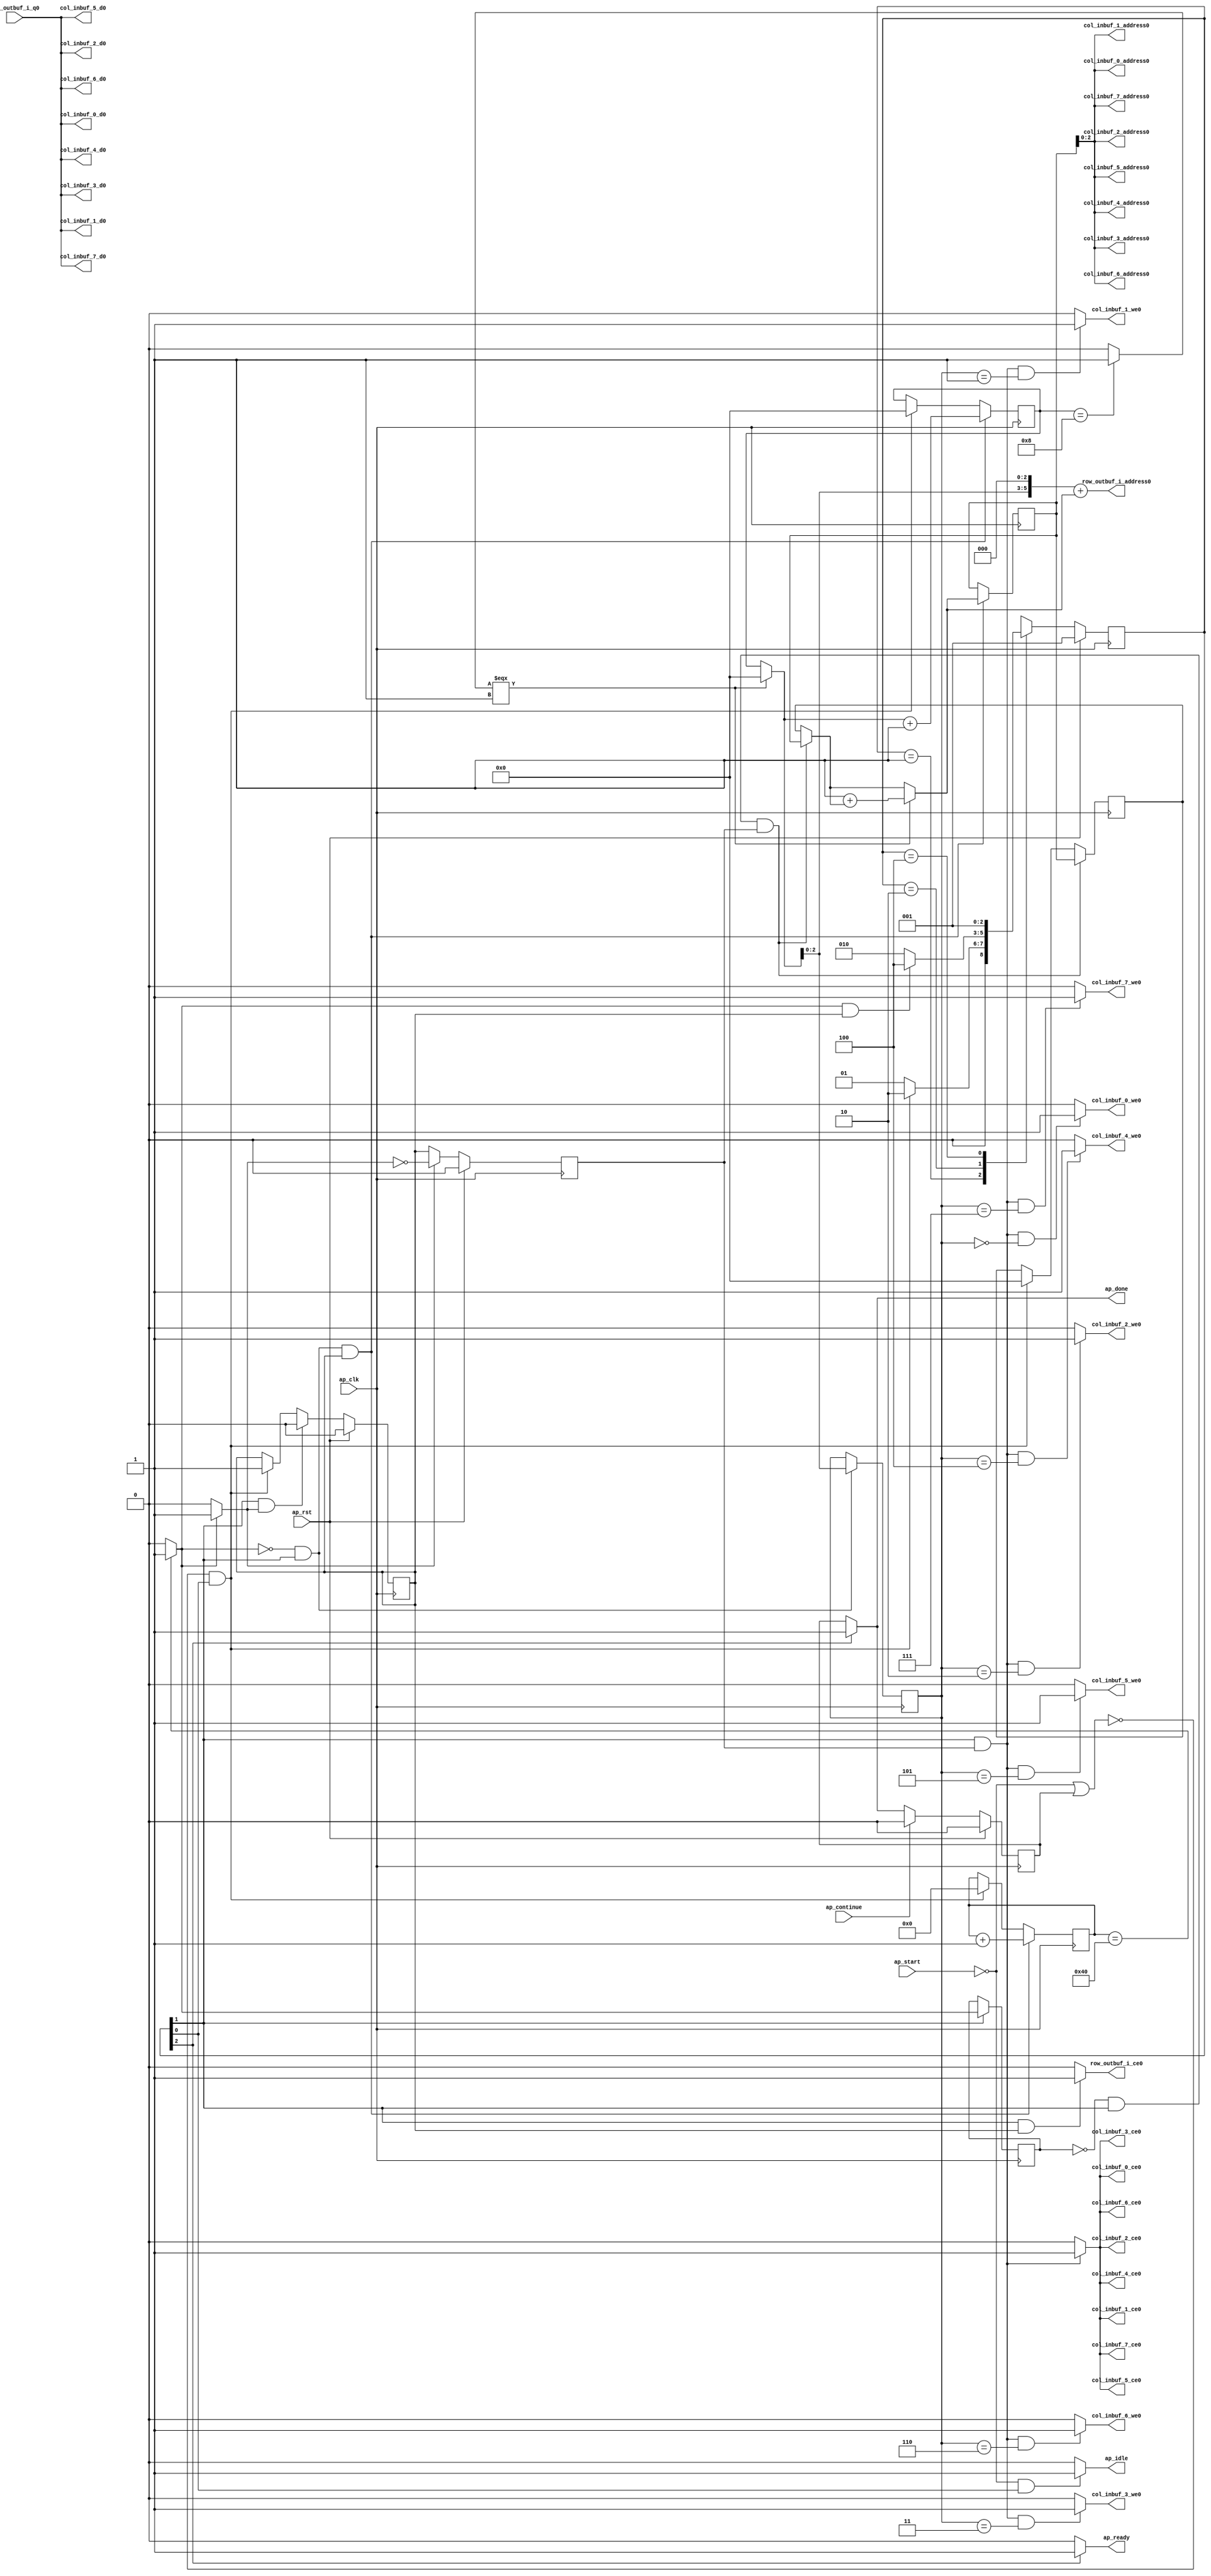
// ==============================================================
// RTL generated by Vivado(TM) HLS - High-Level Synthesis from C, C++ and SystemC
// Version: 2017.4
// Copyright (C) 1986-2017 Xilinx, Inc. All Rights Reserved.
// 
// ===========================================================

`timescale 1 ns / 1 ps 

module Loop_Xpose_Row_Outer (
        ap_clk,
        ap_rst,
        ap_start,
        ap_done,
        ap_continue,
        ap_idle,
        ap_ready,
        row_outbuf_i_address0,
        row_outbuf_i_ce0,
        row_outbuf_i_q0,
        col_inbuf_0_address0,
        col_inbuf_0_ce0,
        col_inbuf_0_we0,
        col_inbuf_0_d0,
        col_inbuf_1_address0,
        col_inbuf_1_ce0,
        col_inbuf_1_we0,
        col_inbuf_1_d0,
        col_inbuf_2_address0,
        col_inbuf_2_ce0,
        col_inbuf_2_we0,
        col_inbuf_2_d0,
        col_inbuf_3_address0,
        col_inbuf_3_ce0,
        col_inbuf_3_we0,
        col_inbuf_3_d0,
        col_inbuf_4_address0,
        col_inbuf_4_ce0,
        col_inbuf_4_we0,
        col_inbuf_4_d0,
        col_inbuf_5_address0,
        col_inbuf_5_ce0,
        col_inbuf_5_we0,
        col_inbuf_5_d0,
        col_inbuf_6_address0,
        col_inbuf_6_ce0,
        col_inbuf_6_we0,
        col_inbuf_6_d0,
        col_inbuf_7_address0,
        col_inbuf_7_ce0,
        col_inbuf_7_we0,
        col_inbuf_7_d0
);

parameter    ap_ST_fsm_state1 = 3'd1;
parameter    ap_ST_fsm_pp0_stage0 = 3'd2;
parameter    ap_ST_fsm_state4 = 3'd4;

input   ap_clk;
input   ap_rst;
input   ap_start;
output   ap_done;
input   ap_continue;
output   ap_idle;
output   ap_ready;
output  [5:0] row_outbuf_i_address0;
output   row_outbuf_i_ce0;
input  [15:0] row_outbuf_i_q0;
output  [2:0] col_inbuf_0_address0;
output   col_inbuf_0_ce0;
output   col_inbuf_0_we0;
output  [15:0] col_inbuf_0_d0;
output  [2:0] col_inbuf_1_address0;
output   col_inbuf_1_ce0;
output   col_inbuf_1_we0;
output  [15:0] col_inbuf_1_d0;
output  [2:0] col_inbuf_2_address0;
output   col_inbuf_2_ce0;
output   col_inbuf_2_we0;
output  [15:0] col_inbuf_2_d0;
output  [2:0] col_inbuf_3_address0;
output   col_inbuf_3_ce0;
output   col_inbuf_3_we0;
output  [15:0] col_inbuf_3_d0;
output  [2:0] col_inbuf_4_address0;
output   col_inbuf_4_ce0;
output   col_inbuf_4_we0;
output  [15:0] col_inbuf_4_d0;
output  [2:0] col_inbuf_5_address0;
output   col_inbuf_5_ce0;
output   col_inbuf_5_we0;
output  [15:0] col_inbuf_5_d0;
output  [2:0] col_inbuf_6_address0;
output   col_inbuf_6_ce0;
output   col_inbuf_6_we0;
output  [15:0] col_inbuf_6_d0;
output  [2:0] col_inbuf_7_address0;
output   col_inbuf_7_ce0;
output   col_inbuf_7_we0;
output  [15:0] col_inbuf_7_d0;

reg ap_done;
reg ap_idle;
reg ap_ready;
reg row_outbuf_i_ce0;
reg col_inbuf_0_ce0;
reg col_inbuf_0_we0;
reg col_inbuf_1_ce0;
reg col_inbuf_1_we0;
reg col_inbuf_2_ce0;
reg col_inbuf_2_we0;
reg col_inbuf_3_ce0;
reg col_inbuf_3_we0;
reg col_inbuf_4_ce0;
reg col_inbuf_4_we0;
reg col_inbuf_5_ce0;
reg col_inbuf_5_we0;
reg col_inbuf_6_ce0;
reg col_inbuf_6_we0;
reg col_inbuf_7_ce0;
reg col_inbuf_7_we0;

reg    ap_done_reg;
(* fsm_encoding = "none" *) reg   [2:0] ap_CS_fsm;
wire    ap_CS_fsm_state1;
reg   [6:0] indvar_flatten_reg_188;
reg   [3:0] j_0_i_reg_199;
reg   [3:0] i_1_i_reg_210;
wire   [0:0] exitcond_flatten_fu_221_p2;
reg   [0:0] exitcond_flatten_reg_309;
wire    ap_CS_fsm_pp0_stage0;
wire    ap_block_state2_pp0_stage0_iter0;
wire    ap_block_state3_pp0_stage0_iter1;
wire    ap_block_pp0_stage0_11001;
wire   [6:0] indvar_flatten_next_fu_227_p2;
reg    ap_enable_reg_pp0_iter0;
wire   [3:0] tmp_3_mid2_v_fu_253_p3;
reg   [3:0] tmp_3_mid2_v_reg_318;
wire   [2:0] tmp_3_fu_288_p1;
reg   [2:0] tmp_3_reg_329;
wire   [3:0] i_fu_292_p2;
reg    ap_block_state1;
wire    ap_block_pp0_stage0_subdone;
reg    ap_condition_pp0_exit_iter0_state2;
reg    ap_enable_reg_pp0_iter1;
reg   [3:0] ap_phi_mux_j_0_i_phi_fu_203_p4;
wire    ap_block_pp0_stage0;
wire   [63:0] tmp_9_cast_fu_283_p1;
wire   [63:0] tmp_3_mid2_fu_298_p1;
wire   [0:0] tmp_s_fu_239_p2;
wire   [3:0] j_fu_233_p2;
wire   [3:0] i_1_i_mid2_fu_245_p3;
wire   [6:0] tmp_fu_265_p3;
wire   [7:0] tmp_8_cast_fu_273_p1;
wire   [7:0] tmp_3_mid2_cast_fu_261_p1;
wire   [7:0] tmp_9_fu_277_p2;
wire    ap_CS_fsm_state4;
reg   [2:0] ap_NS_fsm;
reg    ap_idle_pp0;
wire    ap_enable_pp0;

// power-on initialization
initial begin
#0 ap_done_reg = 1'b0;
#0 ap_CS_fsm = 3'd1;
#0 ap_enable_reg_pp0_iter0 = 1'b0;
#0 ap_enable_reg_pp0_iter1 = 1'b0;
end

always @ (posedge ap_clk) begin
    if (ap_rst == 1'b1) begin
        ap_CS_fsm <= ap_ST_fsm_state1;
    end else begin
        ap_CS_fsm <= ap_NS_fsm;
    end
end

always @ (posedge ap_clk) begin
    if (ap_rst == 1'b1) begin
        ap_done_reg <= 1'b0;
    end else begin
        if ((ap_continue == 1'b1)) begin
            ap_done_reg <= 1'b0;
        end else if ((1'b1 == ap_CS_fsm_state4)) begin
            ap_done_reg <= 1'b1;
        end
    end
end

always @ (posedge ap_clk) begin
    if (ap_rst == 1'b1) begin
        ap_enable_reg_pp0_iter0 <= 1'b0;
    end else begin
        if (((1'b1 == ap_CS_fsm_pp0_stage0) & (1'b1 == ap_condition_pp0_exit_iter0_state2) & (1'b0 == ap_block_pp0_stage0_subdone))) begin
            ap_enable_reg_pp0_iter0 <= 1'b0;
        end else if ((~((ap_start == 1'b0) | (ap_done_reg == 1'b1)) & (1'b1 == ap_CS_fsm_state1))) begin
            ap_enable_reg_pp0_iter0 <= 1'b1;
        end
    end
end

always @ (posedge ap_clk) begin
    if (ap_rst == 1'b1) begin
        ap_enable_reg_pp0_iter1 <= 1'b0;
    end else begin
        if (((1'b1 == ap_condition_pp0_exit_iter0_state2) & (1'b0 == ap_block_pp0_stage0_subdone))) begin
            ap_enable_reg_pp0_iter1 <= (1'b1 ^ ap_condition_pp0_exit_iter0_state2);
        end else if ((1'b0 == ap_block_pp0_stage0_subdone)) begin
            ap_enable_reg_pp0_iter1 <= ap_enable_reg_pp0_iter0;
        end else if ((~((ap_start == 1'b0) | (ap_done_reg == 1'b1)) & (1'b1 == ap_CS_fsm_state1))) begin
            ap_enable_reg_pp0_iter1 <= 1'b0;
        end
    end
end

always @ (posedge ap_clk) begin
    if (((exitcond_flatten_fu_221_p2 == 1'd0) & (1'b1 == ap_CS_fsm_pp0_stage0) & (ap_enable_reg_pp0_iter0 == 1'b1) & (1'b0 == ap_block_pp0_stage0_11001))) begin
        i_1_i_reg_210 <= i_fu_292_p2;
    end else if ((~((ap_start == 1'b0) | (ap_done_reg == 1'b1)) & (1'b1 == ap_CS_fsm_state1))) begin
        i_1_i_reg_210 <= 4'd0;
    end
end

always @ (posedge ap_clk) begin
    if (((exitcond_flatten_fu_221_p2 == 1'd0) & (1'b1 == ap_CS_fsm_pp0_stage0) & (ap_enable_reg_pp0_iter0 == 1'b1) & (1'b0 == ap_block_pp0_stage0_11001))) begin
        indvar_flatten_reg_188 <= indvar_flatten_next_fu_227_p2;
    end else if ((~((ap_start == 1'b0) | (ap_done_reg == 1'b1)) & (1'b1 == ap_CS_fsm_state1))) begin
        indvar_flatten_reg_188 <= 7'd0;
    end
end

always @ (posedge ap_clk) begin
    if (((exitcond_flatten_reg_309 == 1'd0) & (1'b1 == ap_CS_fsm_pp0_stage0) & (ap_enable_reg_pp0_iter1 == 1'b1) & (1'b0 == ap_block_pp0_stage0_11001))) begin
        j_0_i_reg_199 <= tmp_3_mid2_v_reg_318;
    end else if ((~((ap_start == 1'b0) | (ap_done_reg == 1'b1)) & (1'b1 == ap_CS_fsm_state1))) begin
        j_0_i_reg_199 <= 4'd0;
    end
end

always @ (posedge ap_clk) begin
    if (((1'b1 == ap_CS_fsm_pp0_stage0) & (1'b0 == ap_block_pp0_stage0_11001))) begin
        exitcond_flatten_reg_309 <= exitcond_flatten_fu_221_p2;
    end
end

always @ (posedge ap_clk) begin
    if (((exitcond_flatten_fu_221_p2 == 1'd0) & (1'b1 == ap_CS_fsm_pp0_stage0) & (ap_enable_reg_pp0_iter0 == 1'b1) & (1'b0 == ap_block_pp0_stage0_11001))) begin
        tmp_3_mid2_v_reg_318 <= tmp_3_mid2_v_fu_253_p3;
    end
end

always @ (posedge ap_clk) begin
    if (((exitcond_flatten_fu_221_p2 == 1'd0) & (1'b1 == ap_CS_fsm_pp0_stage0) & (1'b0 == ap_block_pp0_stage0_11001))) begin
        tmp_3_reg_329 <= tmp_3_fu_288_p1;
    end
end

always @ (*) begin
    if ((exitcond_flatten_fu_221_p2 == 1'd1)) begin
        ap_condition_pp0_exit_iter0_state2 = 1'b1;
    end else begin
        ap_condition_pp0_exit_iter0_state2 = 1'b0;
    end
end

always @ (*) begin
    if ((1'b1 == ap_CS_fsm_state4)) begin
        ap_done = 1'b1;
    end else begin
        ap_done = ap_done_reg;
    end
end

always @ (*) begin
    if (((ap_start == 1'b0) & (1'b1 == ap_CS_fsm_state1))) begin
        ap_idle = 1'b1;
    end else begin
        ap_idle = 1'b0;
    end
end

always @ (*) begin
    if (((ap_enable_reg_pp0_iter1 == 1'b0) & (ap_enable_reg_pp0_iter0 == 1'b0))) begin
        ap_idle_pp0 = 1'b1;
    end else begin
        ap_idle_pp0 = 1'b0;
    end
end

always @ (*) begin
    if (((exitcond_flatten_reg_309 == 1'd0) & (1'b1 == ap_CS_fsm_pp0_stage0) & (ap_enable_reg_pp0_iter1 == 1'b1) & (1'b0 == ap_block_pp0_stage0))) begin
        ap_phi_mux_j_0_i_phi_fu_203_p4 = tmp_3_mid2_v_reg_318;
    end else begin
        ap_phi_mux_j_0_i_phi_fu_203_p4 = j_0_i_reg_199;
    end
end

always @ (*) begin
    if ((1'b1 == ap_CS_fsm_state4)) begin
        ap_ready = 1'b1;
    end else begin
        ap_ready = 1'b0;
    end
end

always @ (*) begin
    if (((1'b1 == ap_CS_fsm_pp0_stage0) & (ap_enable_reg_pp0_iter1 == 1'b1) & (1'b0 == ap_block_pp0_stage0_11001))) begin
        col_inbuf_0_ce0 = 1'b1;
    end else begin
        col_inbuf_0_ce0 = 1'b0;
    end
end

always @ (*) begin
    if (((1'b1 == ap_CS_fsm_pp0_stage0) & (ap_enable_reg_pp0_iter1 == 1'b1) & (tmp_3_reg_329 == 3'd0) & (1'b0 == ap_block_pp0_stage0_11001))) begin
        col_inbuf_0_we0 = 1'b1;
    end else begin
        col_inbuf_0_we0 = 1'b0;
    end
end

always @ (*) begin
    if (((1'b1 == ap_CS_fsm_pp0_stage0) & (ap_enable_reg_pp0_iter1 == 1'b1) & (1'b0 == ap_block_pp0_stage0_11001))) begin
        col_inbuf_1_ce0 = 1'b1;
    end else begin
        col_inbuf_1_ce0 = 1'b0;
    end
end

always @ (*) begin
    if (((1'b1 == ap_CS_fsm_pp0_stage0) & (ap_enable_reg_pp0_iter1 == 1'b1) & (tmp_3_reg_329 == 3'd1) & (1'b0 == ap_block_pp0_stage0_11001))) begin
        col_inbuf_1_we0 = 1'b1;
    end else begin
        col_inbuf_1_we0 = 1'b0;
    end
end

always @ (*) begin
    if (((1'b1 == ap_CS_fsm_pp0_stage0) & (ap_enable_reg_pp0_iter1 == 1'b1) & (1'b0 == ap_block_pp0_stage0_11001))) begin
        col_inbuf_2_ce0 = 1'b1;
    end else begin
        col_inbuf_2_ce0 = 1'b0;
    end
end

always @ (*) begin
    if (((1'b1 == ap_CS_fsm_pp0_stage0) & (ap_enable_reg_pp0_iter1 == 1'b1) & (tmp_3_reg_329 == 3'd2) & (1'b0 == ap_block_pp0_stage0_11001))) begin
        col_inbuf_2_we0 = 1'b1;
    end else begin
        col_inbuf_2_we0 = 1'b0;
    end
end

always @ (*) begin
    if (((1'b1 == ap_CS_fsm_pp0_stage0) & (ap_enable_reg_pp0_iter1 == 1'b1) & (1'b0 == ap_block_pp0_stage0_11001))) begin
        col_inbuf_3_ce0 = 1'b1;
    end else begin
        col_inbuf_3_ce0 = 1'b0;
    end
end

always @ (*) begin
    if (((1'b1 == ap_CS_fsm_pp0_stage0) & (ap_enable_reg_pp0_iter1 == 1'b1) & (tmp_3_reg_329 == 3'd3) & (1'b0 == ap_block_pp0_stage0_11001))) begin
        col_inbuf_3_we0 = 1'b1;
    end else begin
        col_inbuf_3_we0 = 1'b0;
    end
end

always @ (*) begin
    if (((1'b1 == ap_CS_fsm_pp0_stage0) & (ap_enable_reg_pp0_iter1 == 1'b1) & (1'b0 == ap_block_pp0_stage0_11001))) begin
        col_inbuf_4_ce0 = 1'b1;
    end else begin
        col_inbuf_4_ce0 = 1'b0;
    end
end

always @ (*) begin
    if (((1'b1 == ap_CS_fsm_pp0_stage0) & (ap_enable_reg_pp0_iter1 == 1'b1) & (tmp_3_reg_329 == 3'd4) & (1'b0 == ap_block_pp0_stage0_11001))) begin
        col_inbuf_4_we0 = 1'b1;
    end else begin
        col_inbuf_4_we0 = 1'b0;
    end
end

always @ (*) begin
    if (((1'b1 == ap_CS_fsm_pp0_stage0) & (ap_enable_reg_pp0_iter1 == 1'b1) & (1'b0 == ap_block_pp0_stage0_11001))) begin
        col_inbuf_5_ce0 = 1'b1;
    end else begin
        col_inbuf_5_ce0 = 1'b0;
    end
end

always @ (*) begin
    if (((1'b1 == ap_CS_fsm_pp0_stage0) & (ap_enable_reg_pp0_iter1 == 1'b1) & (tmp_3_reg_329 == 3'd5) & (1'b0 == ap_block_pp0_stage0_11001))) begin
        col_inbuf_5_we0 = 1'b1;
    end else begin
        col_inbuf_5_we0 = 1'b0;
    end
end

always @ (*) begin
    if (((1'b1 == ap_CS_fsm_pp0_stage0) & (ap_enable_reg_pp0_iter1 == 1'b1) & (1'b0 == ap_block_pp0_stage0_11001))) begin
        col_inbuf_6_ce0 = 1'b1;
    end else begin
        col_inbuf_6_ce0 = 1'b0;
    end
end

always @ (*) begin
    if (((1'b1 == ap_CS_fsm_pp0_stage0) & (ap_enable_reg_pp0_iter1 == 1'b1) & (tmp_3_reg_329 == 3'd6) & (1'b0 == ap_block_pp0_stage0_11001))) begin
        col_inbuf_6_we0 = 1'b1;
    end else begin
        col_inbuf_6_we0 = 1'b0;
    end
end

always @ (*) begin
    if (((1'b1 == ap_CS_fsm_pp0_stage0) & (ap_enable_reg_pp0_iter1 == 1'b1) & (1'b0 == ap_block_pp0_stage0_11001))) begin
        col_inbuf_7_ce0 = 1'b1;
    end else begin
        col_inbuf_7_ce0 = 1'b0;
    end
end

always @ (*) begin
    if (((1'b1 == ap_CS_fsm_pp0_stage0) & (ap_enable_reg_pp0_iter1 == 1'b1) & (tmp_3_reg_329 == 3'd7) & (1'b0 == ap_block_pp0_stage0_11001))) begin
        col_inbuf_7_we0 = 1'b1;
    end else begin
        col_inbuf_7_we0 = 1'b0;
    end
end

always @ (*) begin
    if (((1'b1 == ap_CS_fsm_pp0_stage0) & (ap_enable_reg_pp0_iter0 == 1'b1) & (1'b0 == ap_block_pp0_stage0_11001))) begin
        row_outbuf_i_ce0 = 1'b1;
    end else begin
        row_outbuf_i_ce0 = 1'b0;
    end
end

always @ (*) begin
    case (ap_CS_fsm)
        ap_ST_fsm_state1 : begin
            if ((~((ap_start == 1'b0) | (ap_done_reg == 1'b1)) & (1'b1 == ap_CS_fsm_state1))) begin
                ap_NS_fsm = ap_ST_fsm_pp0_stage0;
            end else begin
                ap_NS_fsm = ap_ST_fsm_state1;
            end
        end
        ap_ST_fsm_pp0_stage0 : begin
            if (~((exitcond_flatten_fu_221_p2 == 1'd1) & (ap_enable_reg_pp0_iter0 == 1'b1) & (1'b0 == ap_block_pp0_stage0_subdone))) begin
                ap_NS_fsm = ap_ST_fsm_pp0_stage0;
            end else if (((exitcond_flatten_fu_221_p2 == 1'd1) & (ap_enable_reg_pp0_iter0 == 1'b1) & (1'b0 == ap_block_pp0_stage0_subdone))) begin
                ap_NS_fsm = ap_ST_fsm_state4;
            end else begin
                ap_NS_fsm = ap_ST_fsm_pp0_stage0;
            end
        end
        ap_ST_fsm_state4 : begin
            ap_NS_fsm = ap_ST_fsm_state1;
        end
        default : begin
            ap_NS_fsm = 'bx;
        end
    endcase
end

assign ap_CS_fsm_pp0_stage0 = ap_CS_fsm[32'd1];

assign ap_CS_fsm_state1 = ap_CS_fsm[32'd0];

assign ap_CS_fsm_state4 = ap_CS_fsm[32'd2];

assign ap_block_pp0_stage0 = ~(1'b1 == 1'b1);

assign ap_block_pp0_stage0_11001 = ~(1'b1 == 1'b1);

assign ap_block_pp0_stage0_subdone = ~(1'b1 == 1'b1);

always @ (*) begin
    ap_block_state1 = ((ap_start == 1'b0) | (ap_done_reg == 1'b1));
end

assign ap_block_state2_pp0_stage0_iter0 = ~(1'b1 == 1'b1);

assign ap_block_state3_pp0_stage0_iter1 = ~(1'b1 == 1'b1);

assign ap_enable_pp0 = (ap_idle_pp0 ^ 1'b1);

assign col_inbuf_0_address0 = tmp_3_mid2_fu_298_p1;

assign col_inbuf_0_d0 = row_outbuf_i_q0;

assign col_inbuf_1_address0 = tmp_3_mid2_fu_298_p1;

assign col_inbuf_1_d0 = row_outbuf_i_q0;

assign col_inbuf_2_address0 = tmp_3_mid2_fu_298_p1;

assign col_inbuf_2_d0 = row_outbuf_i_q0;

assign col_inbuf_3_address0 = tmp_3_mid2_fu_298_p1;

assign col_inbuf_3_d0 = row_outbuf_i_q0;

assign col_inbuf_4_address0 = tmp_3_mid2_fu_298_p1;

assign col_inbuf_4_d0 = row_outbuf_i_q0;

assign col_inbuf_5_address0 = tmp_3_mid2_fu_298_p1;

assign col_inbuf_5_d0 = row_outbuf_i_q0;

assign col_inbuf_6_address0 = tmp_3_mid2_fu_298_p1;

assign col_inbuf_6_d0 = row_outbuf_i_q0;

assign col_inbuf_7_address0 = tmp_3_mid2_fu_298_p1;

assign col_inbuf_7_d0 = row_outbuf_i_q0;

assign exitcond_flatten_fu_221_p2 = ((indvar_flatten_reg_188 == 7'd64) ? 1'b1 : 1'b0);

assign i_1_i_mid2_fu_245_p3 = ((tmp_s_fu_239_p2[0:0] === 1'b1) ? 4'd0 : i_1_i_reg_210);

assign i_fu_292_p2 = (i_1_i_mid2_fu_245_p3 + 4'd1);

assign indvar_flatten_next_fu_227_p2 = (indvar_flatten_reg_188 + 7'd1);

assign j_fu_233_p2 = (4'd1 + ap_phi_mux_j_0_i_phi_fu_203_p4);

assign row_outbuf_i_address0 = tmp_9_cast_fu_283_p1;

assign tmp_3_fu_288_p1 = i_1_i_mid2_fu_245_p3[2:0];

assign tmp_3_mid2_cast_fu_261_p1 = tmp_3_mid2_v_fu_253_p3;

assign tmp_3_mid2_fu_298_p1 = tmp_3_mid2_v_reg_318;

assign tmp_3_mid2_v_fu_253_p3 = ((tmp_s_fu_239_p2[0:0] === 1'b1) ? j_fu_233_p2 : ap_phi_mux_j_0_i_phi_fu_203_p4);

assign tmp_8_cast_fu_273_p1 = tmp_fu_265_p3;

assign tmp_9_cast_fu_283_p1 = tmp_9_fu_277_p2;

assign tmp_9_fu_277_p2 = (tmp_8_cast_fu_273_p1 + tmp_3_mid2_cast_fu_261_p1);

assign tmp_fu_265_p3 = {{i_1_i_mid2_fu_245_p3}, {3'd0}};

assign tmp_s_fu_239_p2 = ((i_1_i_reg_210 == 4'd8) ? 1'b1 : 1'b0);

endmodule //Loop_Xpose_Row_Outer